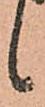
候